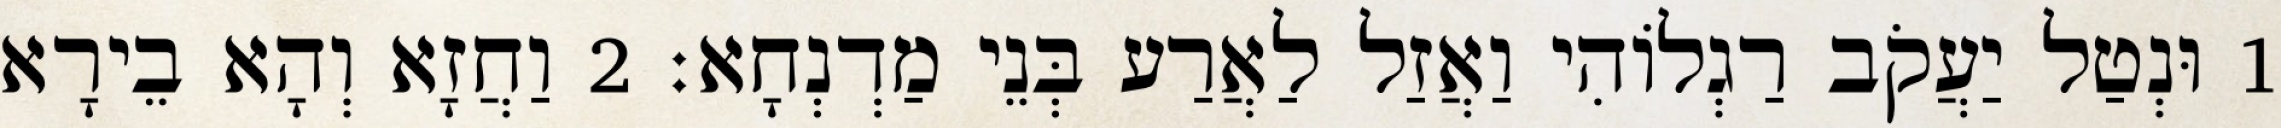
1 וּנְטַל יַעֲקֹב רַגְלוֹהִי וַאֲזַל לַאֲרַע בְּנֵי מַדְנְחָא׃ 2 וַחֲזָא וְהָא בֵירָא